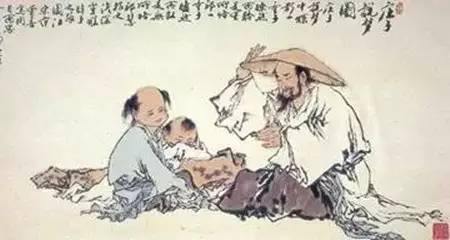
穷且益坚，不坠青云之志。